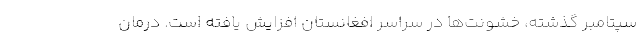
سپتامبر گذشته، خشونت‌ها در سراسر افغانستان افزایش یافته است. درمان